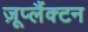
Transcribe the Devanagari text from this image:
ज़ूप्लैंक्टन